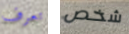
تعرف شخص